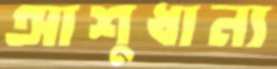
আশুধান্য